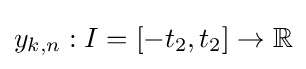
y_{k,n}:I=[-t_{2},t_{2}]\to \mathbb {R}